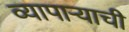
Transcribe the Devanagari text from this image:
व्यापार्‍याची